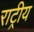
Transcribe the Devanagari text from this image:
राट्रीय